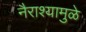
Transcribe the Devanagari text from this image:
नैराश्यामुळे